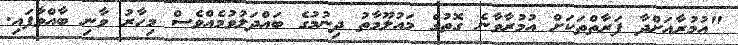
"އުމުރާއަށްދާ ފަރާތްތަކަށް އުމުރާވާނެ ގޮތުގެ މައުލޫމާތު ދިނުމުގެ ބައްދަލުވުމެއްވެސް މިހާރު ވާނި ބާއްވާފައި.